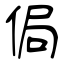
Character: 侷